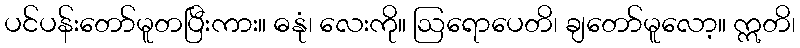
ပင်ပန်းတော်မူတပြီးကား။ ဓနုံ၊ လေးကို။ ဩရောပေတိ၊ ချတော်မူလော့။ ဣတိ၊